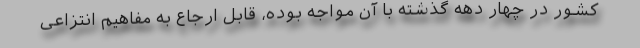
کشور در چهار دهه گذشته با آن مواجه بوده، قابل ارجاع به مفاهیم انتزاعی